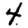
Digit: 4